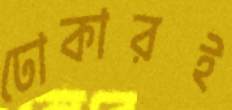
ঢোকারই